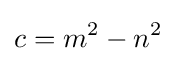
c=m^{2}-n^{2}